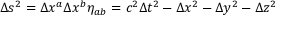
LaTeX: \Delta s ^ { 2 } = \Delta x ^ { a } \Delta x ^ { b } \eta _ { a b } = c ^ { 2 } \Delta t ^ { 2 } - \Delta x ^ { 2 } - \Delta y ^ { 2 } - \Delta z ^ { 2 }